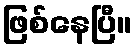
ဖြစ်နေပြီ။